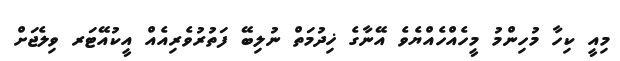
މިއީ ކިހާ މުހިންމު މީހެއްހެއްޔެވެ އޭނާގެ ޚިދުމަތް ނުލިބޭ ފަތުރުވެރިއެއް އީކުއޭޓަރ ވިލެޖަށް